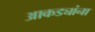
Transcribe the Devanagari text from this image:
आकड्यांना